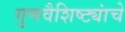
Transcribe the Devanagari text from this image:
गुणवैशिष्ट्यांचे